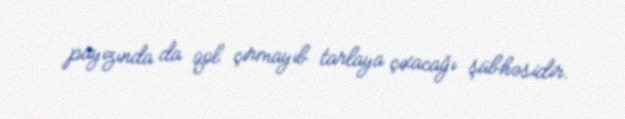
payızında da qol çırmayıb tarlaya çıxacağı şübhəsidir.